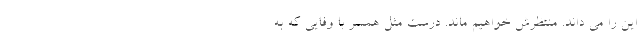
این را می داند. منتظرش خواهیم ماند. درست مثل همسر با وفایی که به